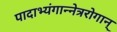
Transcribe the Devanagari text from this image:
पादाभ्यंगान्नेत्ररोगान्